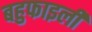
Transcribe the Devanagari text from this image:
बहुफाइली